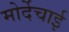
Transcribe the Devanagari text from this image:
मोर्देचाई